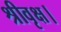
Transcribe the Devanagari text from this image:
श्रीवृक्ष।